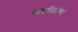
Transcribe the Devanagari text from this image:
पददलितांच्या